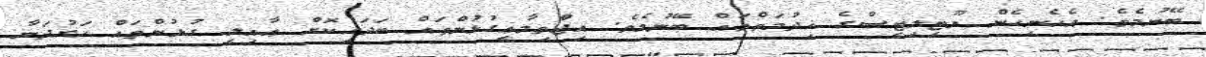
ބޭނުމެވެ. އެހެނިހެން ޔޫޓިލިޓީސްގެ ޚިދުމަތްތައް ބޭނުމެވެ. އިޖްތިމާޢީގުޅުންތައް ބަދަހިކޮށް ޢާއިލީ ގުޅުންތައް ހަރުދަނާ